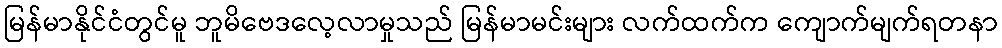
မြန်မာနိုင်ငံတွင်မူ ဘူမိဗေဒလေ့လာမှုသည် မြန်မာမင်းများ လက်ထက်က ကျောက်မျက်ရတနာ